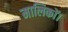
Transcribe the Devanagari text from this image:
मालिकों।